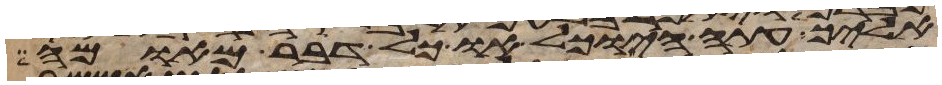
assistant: אליך עתה היוכל אוכל דבר מאומה